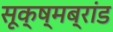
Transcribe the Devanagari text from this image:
सूक्ष्मब्रांड